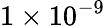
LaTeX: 1\times 10^{-9}